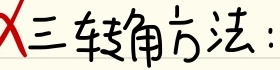
三转角方法：